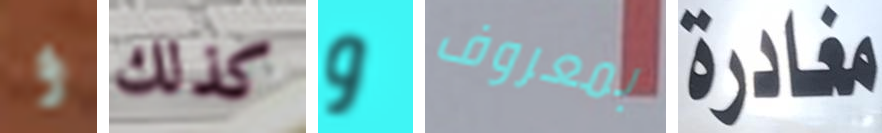
و كذلك و بمعروف مغادرة